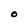
Character: O